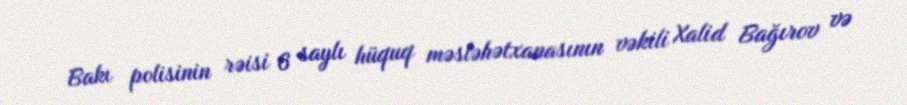
Bakı polisinin rəisi 6 saylı hüquq məsləhətxanasının vəkili Xalid Bağırov və